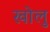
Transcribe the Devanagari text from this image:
खोलु